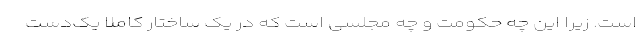
است. زیرا این چه حکومت و چه مجلسی است که در یک ساختار کاملا یک‌دست